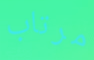
مرتاب